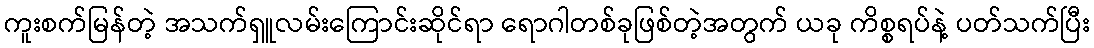
ကူးစက်မြန်တဲ့ အသက်ရှူလမ်းကြောင်းဆိုင်ရာ ရောဂါတစ်ခုဖြစ်တဲ့အတွက် ယခု ကိစ္စရပ်နဲ့ ပတ်သက်ပြီး